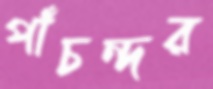
পাঁচন্দর